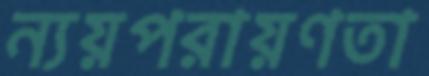
ন্যয়পরায়ণতা